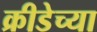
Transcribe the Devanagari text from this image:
क्रीडेच्या